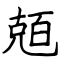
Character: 兡